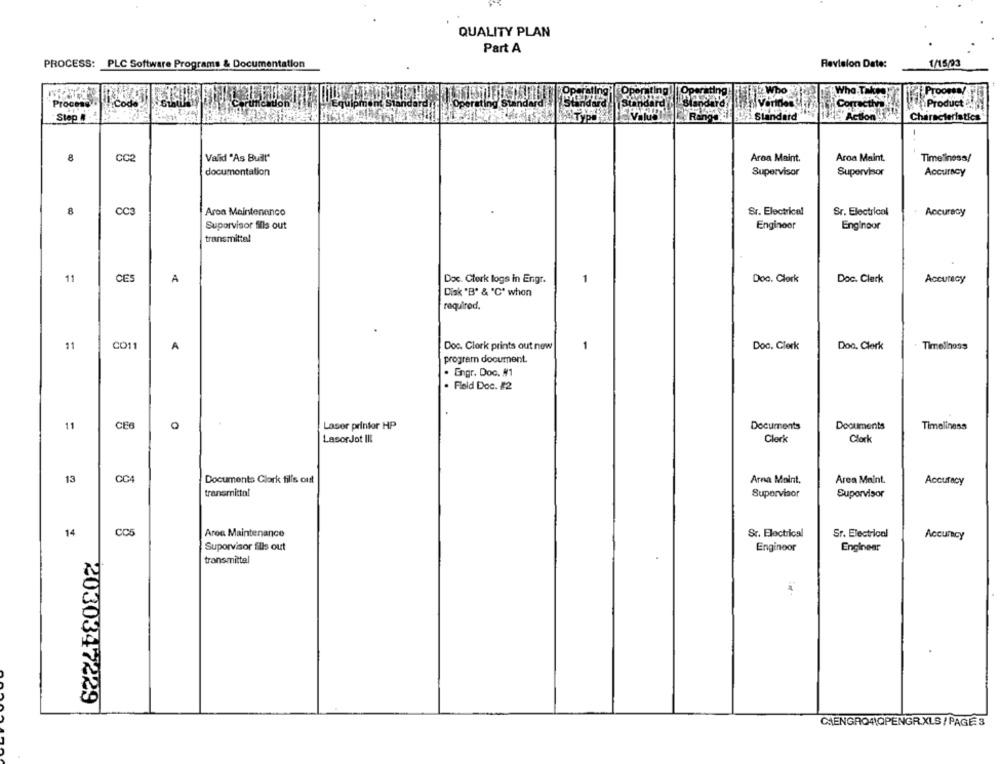
QUALITY PLAN
Part A
PROCESS: PLC Software Programs & Documentation
Revision Date:
1/15/93
Process
1 code
Product
ction
Step #
Standard
Characteristics
8
CC2
Valid "As Built"
Aroa Maint.
Aroa Maint.
Timeliness/
documentation
Supervisor
Supervisor
Accuracy
8
CC3
Aron Maintenance
Sr. Electricel
Sr. Electrical
Accuracy
Suporvisor fils out
Engineer
Enginpor
transmitte!
11
CES
A
Doc. Clerk logs in Engr.
1
Doc. Clork
Doc. Clerk
Accuracy
Disk 'B' & 'C' when
required.
11
CO11
A
Doc. Clork prints out now
1
Doc. Clerk
Doc. Clerk
Timeliness
program document.
. Engr. Doc. #1
. Flold Doc. #2
11
CE6
0
Laser printer HP
Documents
Documents
Timeliness
LasorJot III
Clark
Clork
13
CCA
Documents Glork tills out
Arna Molnt.
Area Maint.
Accuracy
transmittal
Supervisor
Supervisor
14
CC5
Area Maintenance
Sr. Electrical
Sr. Electrical
Accuracy
Suporvisor flis out
Enginoor
Engineer
transmittal
2030347229
CAENGRQ4\QPENGR.XLS/ PAGE 3